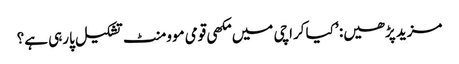
مزید پڑھیں: ’کیا کراچی میں مکھی قومی موومنٹ تشکیل پارہی ہے؟